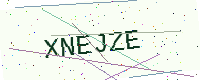
Text: XNEJZE